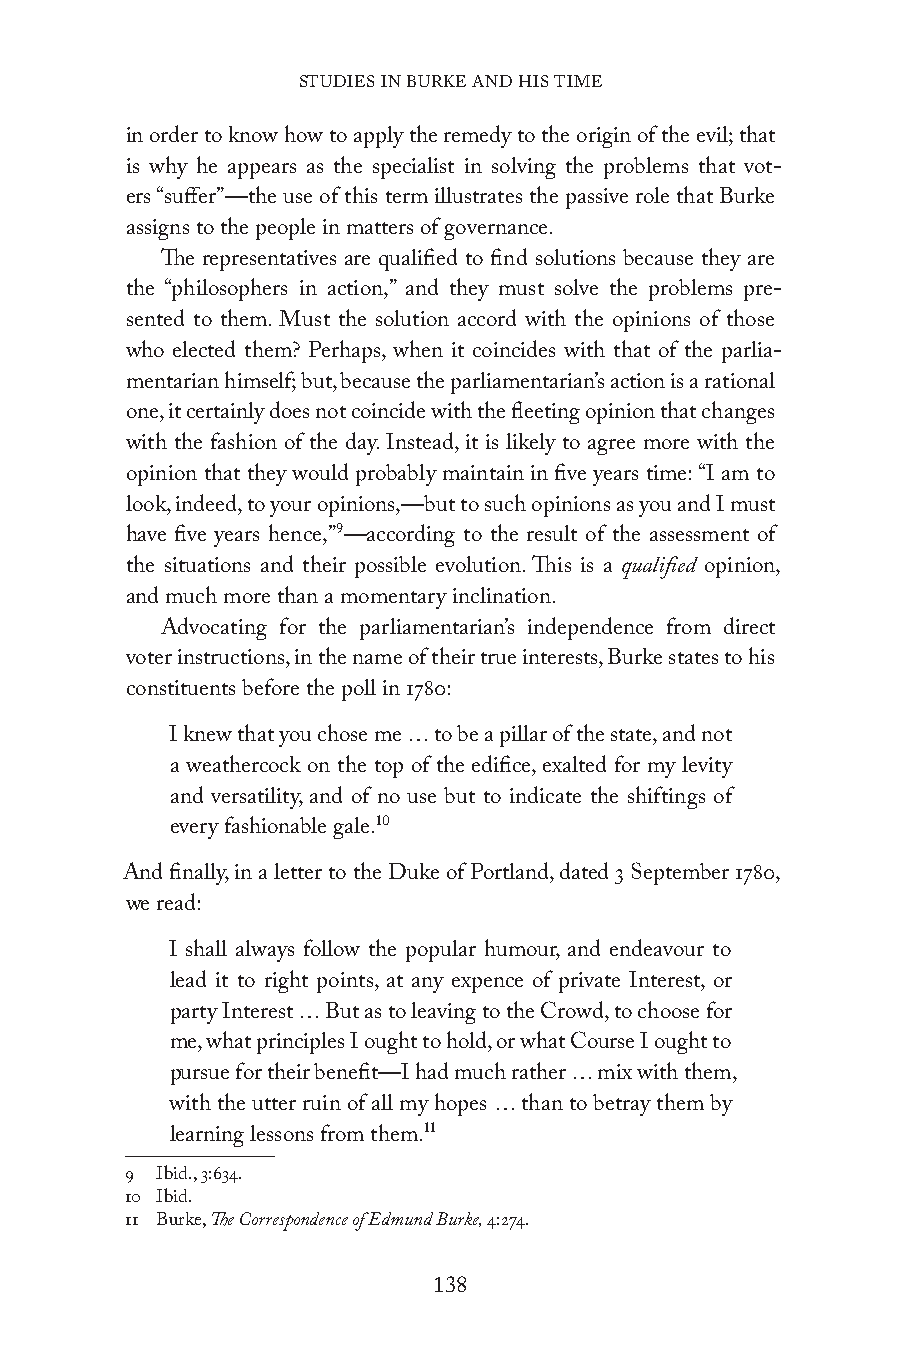
STUDIES IN BURKE AND HIS TIME
 in order to know how to apply the remedy to the origin of the evil; that
 is why he appears as the specialist in solving the problems that vot-
 ers “suffer”—the use of this term illustrates the passive role that Burke
 assigns to the people in matters of governance.
 The representatives are qualified to find solutions because they are
 the “philosophers in action,” and they must solve the problems pre-
 sented to them. Must the solution accord with the opinions of those
 who elected them? Perhaps, when it coincides with that of the parlia-
 mentarian himself; but, because the parliamentarian’s action is a rational
 one, it certainly does not coincide with the fleeting opinion that changes
 with the fashion of the day. Instead, it is likely to agree more with the
 opinion that they would probably maintain in five years time: “I am to
 look, indeed, to your opinions,—but to such opinions as you and I must
 have five years hence,”9—according to the result of the assessment of
 the situations and their possible evolution. This is a qualified opinion,
 and much more than a momentary inclination.
 Advocating for the parliamentarian’s independence from direct
 voter instructions, in the name of their true interests, Burke states to his
 constituents before the poll in 1780:
 I knew that you chose me … to be a pillar of the state, and not
 a weathercock on the top of the edifice, exalted for my levity
 and versatility, and of no use but to indicate the shiftings of
 every fashionable gale.10
 And finally, in a letter to the Duke of Portland, dated 3 September 1780,
 we read:
 I shall always follow the popular humour, and endeavour to
 lead it to right points, at any expence of private Interest, or
 party Interest … But as to leaving to the Crowd, to choose for
 me, what principles I ought to hold, or what Course I ought to
 pursue for their benefit—I had much rather … mix with them,
 with the utter ruin of all my hopes … than to betray them by
 learning lessons from them.11
 9 Ibid., 3:634.
 10 Ibid.
 11 Burke, The Correspondence of Edmund Burke, 4:274.
 138